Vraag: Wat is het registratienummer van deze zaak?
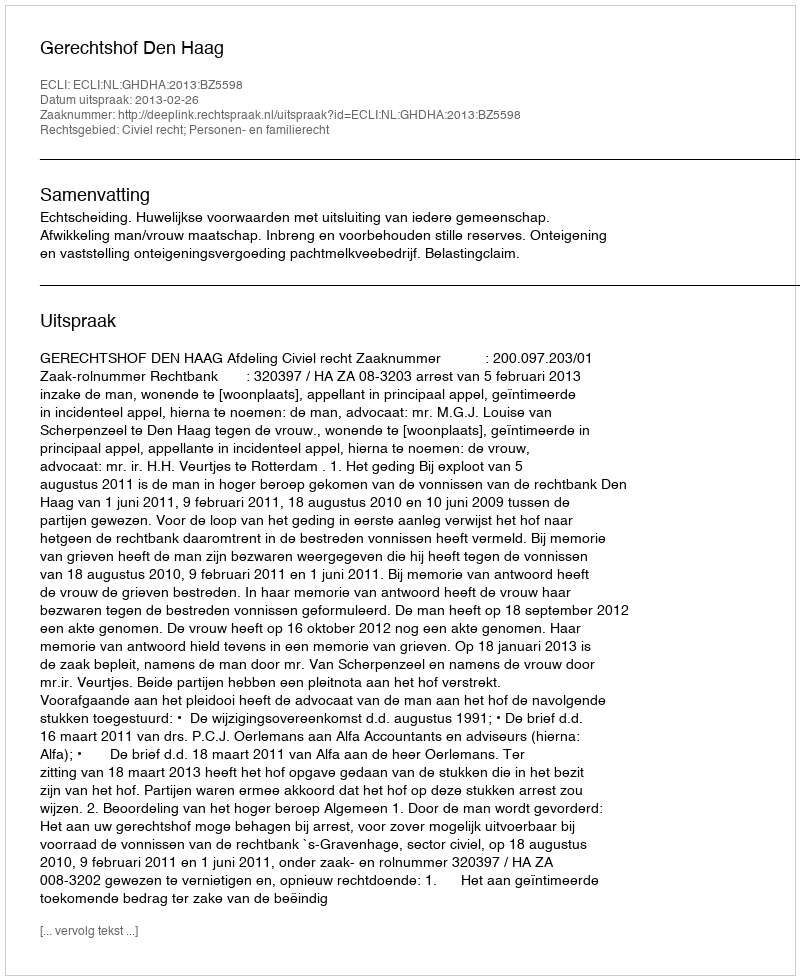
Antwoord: http://deeplink.rechtspraak.nl/uitspraak?id=ECLI:NL:GHDHA:2013:BZ5598